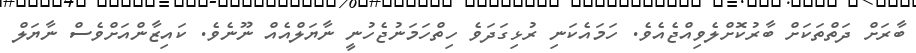
ބާރަށް ދަތްތަކަށް ބާރުކޮށްލެވިއްޖެއެވެ. ހަމައެކަނި ރުޅިގަދަވެ ހިތްހަމަނުޖެހުނީ ނާޔަލްއެއް ނޫނެވެ. ކައިޒާންއަށްވެސް ނާޔަލް